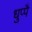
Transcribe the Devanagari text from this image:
धुप्पै